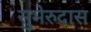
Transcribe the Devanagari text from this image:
सुमेरुदास